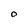
Character: O